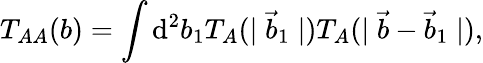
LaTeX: T_{AA}(b)=\int\mathrm{d}^{2}b_{1}T_{A}(\mid\vec{{b}}_{1}\mid)T_{A}(\mid\vec{{b}}-\vec{{b}}_{1}\mid),